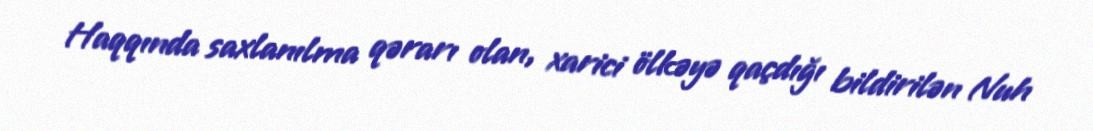
Haqqında saxlanılma qərarı olan, xarici ölkəyə qaçdığı bildirilən Nuh